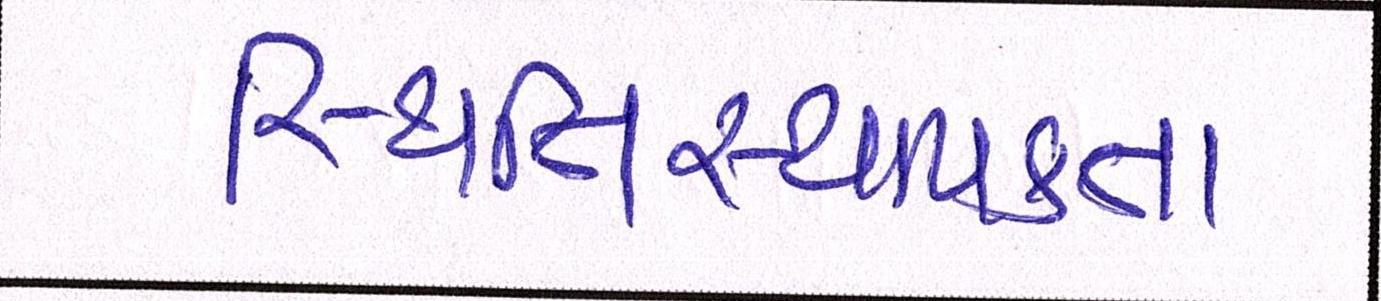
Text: સ્થિતિસ્થાપકતા